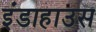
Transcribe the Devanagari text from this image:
इंडाहाउस